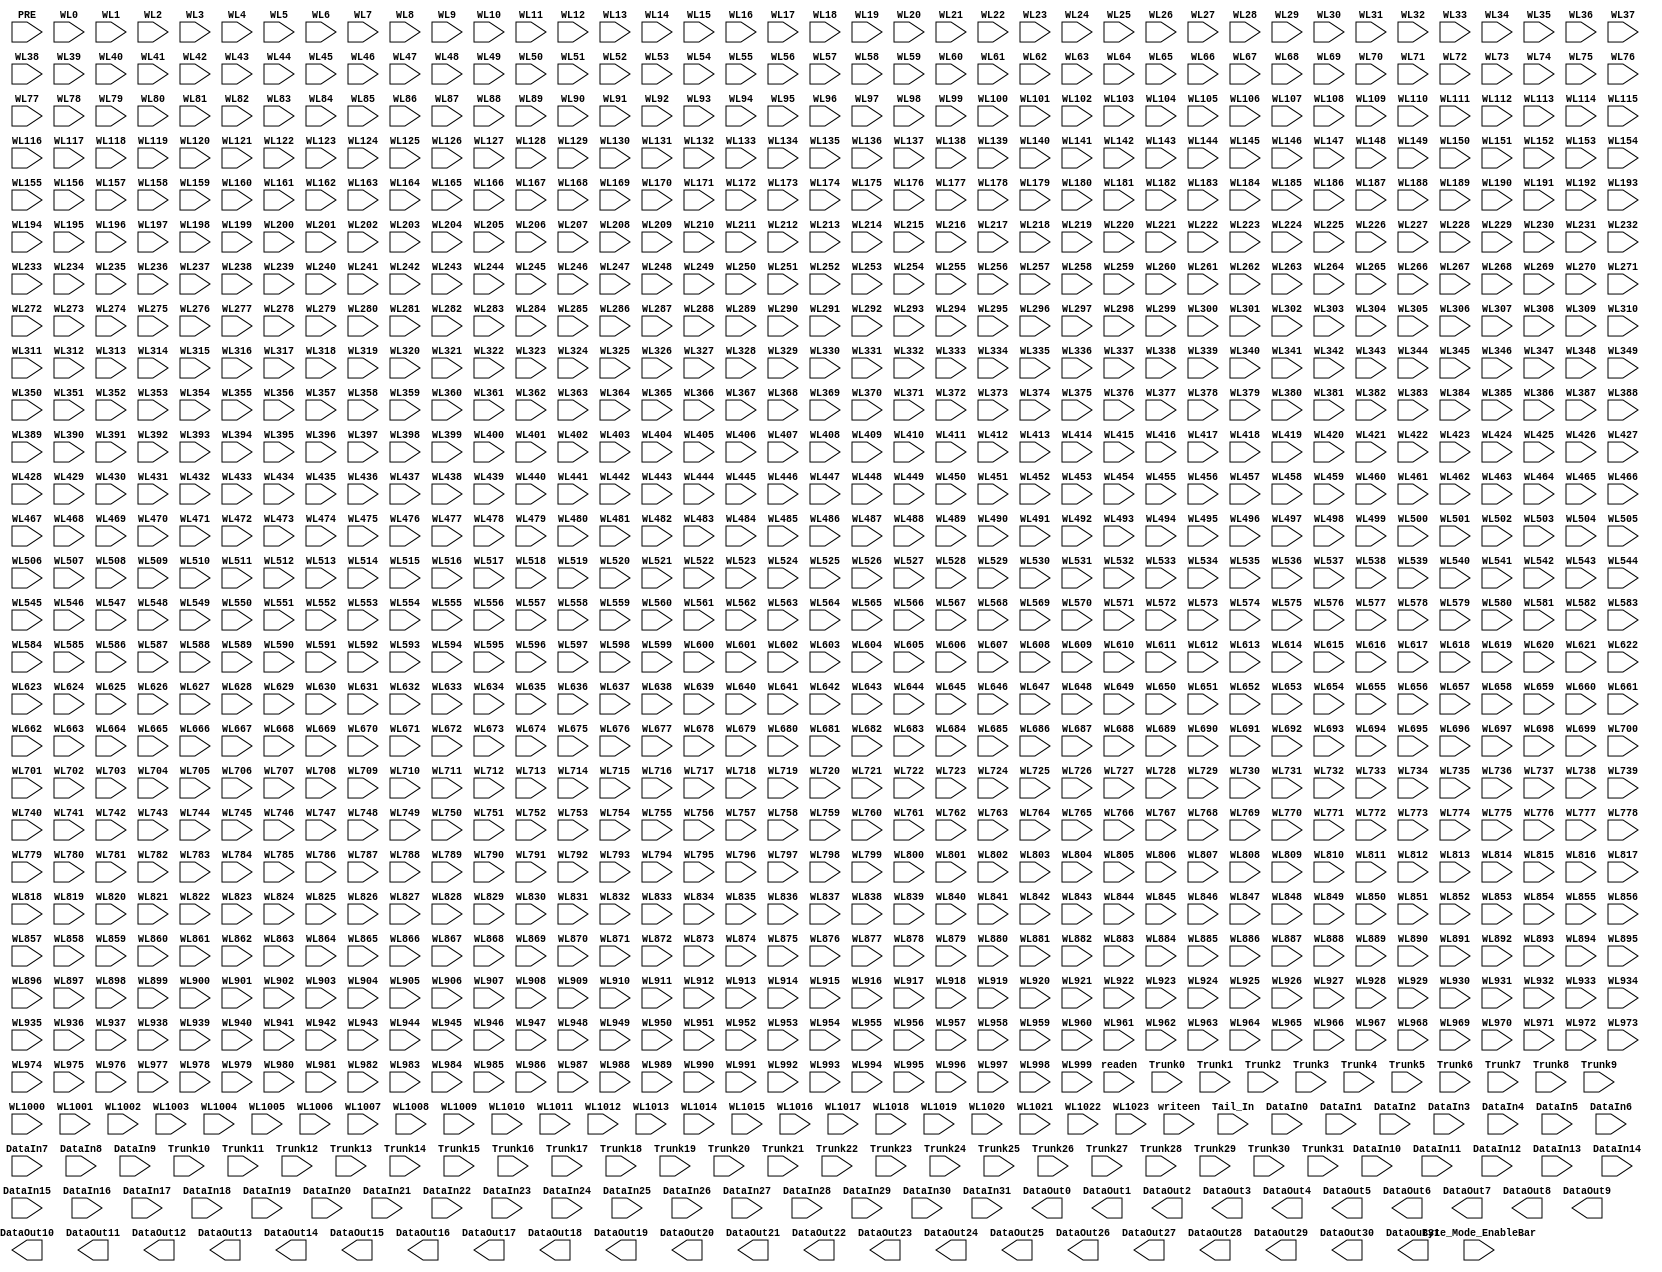
(* blackbox *)
module truncation_SRAM (

`ifdef USE_POWER_PINS
	inout vccd1,	// User area 1 1.8V power
	inout vssd1,	// User area 1 digital ground
`endif

input PRE,
input readen,
input writeen,
input Tail_In,
//inout Tail_Out,
input Byte_Mode_EnableBar,


input DataIn0,
input DataIn1,
input DataIn2,
input DataIn3,
input DataIn4,
input DataIn5,
input DataIn6,
input DataIn7,
input DataIn8,
input DataIn9,
input DataIn10,
input DataIn11,
input DataIn12,
input DataIn13,
input DataIn14,
input DataIn15,
input DataIn16,
input DataIn17,
input DataIn18,
input DataIn19,
input DataIn20,
input DataIn21,
input DataIn22,
input DataIn23,
input DataIn24,
input DataIn25,
input DataIn26,
input DataIn27,
input DataIn28,
input DataIn29,
input DataIn30,
input DataIn31,

input Trunk0,
input Trunk1,
input Trunk2,
input Trunk3,
input Trunk4,
input Trunk5,
input Trunk6,
input Trunk7,
input Trunk8,
input Trunk9,
input Trunk10,
input Trunk11,
input Trunk12,
input Trunk13,
input Trunk14,
input Trunk15,
input Trunk16,
input Trunk17,
input Trunk18,
input Trunk19,
input Trunk20,
input Trunk21,
input Trunk22,
input Trunk23,
input Trunk24,
input Trunk25,
input Trunk26,
input Trunk27,
input Trunk28,
input Trunk29,
input Trunk30,
input Trunk31,

output DataOut0,
output DataOut1,
output DataOut2,
output DataOut3,
output DataOut4,
output DataOut5,
output DataOut6,
output DataOut7,
output DataOut8,
output DataOut9,
output DataOut10,
output DataOut11,
output DataOut12,
output DataOut13,
output DataOut14,
output DataOut15,
output DataOut16,
output DataOut17,
output DataOut18,
output DataOut19,
output DataOut20,
output DataOut21,
output DataOut22,
output DataOut23,
output DataOut24,
output DataOut25,
output DataOut26,
output DataOut27,
output DataOut28,
output DataOut29,
output DataOut30,
output DataOut31,

input WL0,
input WL1,
input WL2,
input WL3,
input WL4,
input WL5,
input WL6,
input WL7,
input WL8,
input WL9,
input WL10,
input WL11,
input WL12,
input WL13,
input WL14,
input WL15,
input WL16,
input WL17,
input WL18,
input WL19,
input WL20,
input WL21,
input WL22,
input WL23,
input WL24,
input WL25,
input WL26,
input WL27,
input WL28,
input WL29,
input WL30,
input WL31,
input WL32,
input WL33,
input WL34,
input WL35,
input WL36,
input WL37,
input WL38,
input WL39,
input WL40,
input WL41,
input WL42,
input WL43,
input WL44,
input WL45,
input WL46,
input WL47,
input WL48,
input WL49,
input WL50,
input WL51,
input WL52,
input WL53,
input WL54,
input WL55,
input WL56,
input WL57,
input WL58,
input WL59,
input WL60,
input WL61,
input WL62,
input WL63,
input WL64,
input WL65,
input WL66,
input WL67,
input WL68,
input WL69,
input WL70,
input WL71,
input WL72,
input WL73,
input WL74,
input WL75,
input WL76,
input WL77,
input WL78,
input WL79,
input WL80,
input WL81,
input WL82,
input WL83,
input WL84,
input WL85,
input WL86,
input WL87,
input WL88,
input WL89,
input WL90,
input WL91,
input WL92,
input WL93,
input WL94,
input WL95,
input WL96,
input WL97,
input WL98,
input WL99,
input WL100,
input WL101,
input WL102,
input WL103,
input WL104,
input WL105,
input WL106,
input WL107,
input WL108,
input WL109,
input WL110,
input WL111,
input WL112,
input WL113,
input WL114,
input WL115,
input WL116,
input WL117,
input WL118,
input WL119,
input WL120,
input WL121,
input WL122,
input WL123,
input WL124,
input WL125,
input WL126,
input WL127,
input WL128,
input WL129,
input WL130,
input WL131,
input WL132,
input WL133,
input WL134,
input WL135,
input WL136,
input WL137,
input WL138,
input WL139,
input WL140,
input WL141,
input WL142,
input WL143,
input WL144,
input WL145,
input WL146,
input WL147,
input WL148,
input WL149,
input WL150,
input WL151,
input WL152,
input WL153,
input WL154,
input WL155,
input WL156,
input WL157,
input WL158,
input WL159,
input WL160,
input WL161,
input WL162,
input WL163,
input WL164,
input WL165,
input WL166,
input WL167,
input WL168,
input WL169,
input WL170,
input WL171,
input WL172,
input WL173,
input WL174,
input WL175,
input WL176,
input WL177,
input WL178,
input WL179,
input WL180,
input WL181,
input WL182,
input WL183,
input WL184,
input WL185,
input WL186,
input WL187,
input WL188,
input WL189,
input WL190,
input WL191,
input WL192,
input WL193,
input WL194,
input WL195,
input WL196,
input WL197,
input WL198,
input WL199,
input WL200,
input WL201,
input WL202,
input WL203,
input WL204,
input WL205,
input WL206,
input WL207,
input WL208,
input WL209,
input WL210,
input WL211,
input WL212,
input WL213,
input WL214,
input WL215,
input WL216,
input WL217,
input WL218,
input WL219,
input WL220,
input WL221,
input WL222,
input WL223,
input WL224,
input WL225,
input WL226,
input WL227,
input WL228,
input WL229,
input WL230,
input WL231,
input WL232,
input WL233,
input WL234,
input WL235,
input WL236,
input WL237,
input WL238,
input WL239,
input WL240,
input WL241,
input WL242,
input WL243,
input WL244,
input WL245,
input WL246,
input WL247,
input WL248,
input WL249,
input WL250,
input WL251,
input WL252,
input WL253,
input WL254,
input WL255,
input WL256,
input WL257,
input WL258,
input WL259,
input WL260,
input WL261,
input WL262,
input WL263,
input WL264,
input WL265,
input WL266,
input WL267,
input WL268,
input WL269,
input WL270,
input WL271,
input WL272,
input WL273,
input WL274,
input WL275,
input WL276,
input WL277,
input WL278,
input WL279,
input WL280,
input WL281,
input WL282,
input WL283,
input WL284,
input WL285,
input WL286,
input WL287,
input WL288,
input WL289,
input WL290,
input WL291,
input WL292,
input WL293,
input WL294,
input WL295,
input WL296,
input WL297,
input WL298,
input WL299,
input WL300,
input WL301,
input WL302,
input WL303,
input WL304,
input WL305,
input WL306,
input WL307,
input WL308,
input WL309,
input WL310,
input WL311,
input WL312,
input WL313,
input WL314,
input WL315,
input WL316,
input WL317,
input WL318,
input WL319,
input WL320,
input WL321,
input WL322,
input WL323,
input WL324,
input WL325,
input WL326,
input WL327,
input WL328,
input WL329,
input WL330,
input WL331,
input WL332,
input WL333,
input WL334,
input WL335,
input WL336,
input WL337,
input WL338,
input WL339,
input WL340,
input WL341,
input WL342,
input WL343,
input WL344,
input WL345,
input WL346,
input WL347,
input WL348,
input WL349,
input WL350,
input WL351,
input WL352,
input WL353,
input WL354,
input WL355,
input WL356,
input WL357,
input WL358,
input WL359,
input WL360,
input WL361,
input WL362,
input WL363,
input WL364,
input WL365,
input WL366,
input WL367,
input WL368,
input WL369,
input WL370,
input WL371,
input WL372,
input WL373,
input WL374,
input WL375,
input WL376,
input WL377,
input WL378,
input WL379,
input WL380,
input WL381,
input WL382,
input WL383,
input WL384,
input WL385,
input WL386,
input WL387,
input WL388,
input WL389,
input WL390,
input WL391,
input WL392,
input WL393,
input WL394,
input WL395,
input WL396,
input WL397,
input WL398,
input WL399,
input WL400,
input WL401,
input WL402,
input WL403,
input WL404,
input WL405,
input WL406,
input WL407,
input WL408,
input WL409,
input WL410,
input WL411,
input WL412,
input WL413,
input WL414,
input WL415,
input WL416,
input WL417,
input WL418,
input WL419,
input WL420,
input WL421,
input WL422,
input WL423,
input WL424,
input WL425,
input WL426,
input WL427,
input WL428,
input WL429,
input WL430,
input WL431,
input WL432,
input WL433,
input WL434,
input WL435,
input WL436,
input WL437,
input WL438,
input WL439,
input WL440,
input WL441,
input WL442,
input WL443,
input WL444,
input WL445,
input WL446,
input WL447,
input WL448,
input WL449,
input WL450,
input WL451,
input WL452,
input WL453,
input WL454,
input WL455,
input WL456,
input WL457,
input WL458,
input WL459,
input WL460,
input WL461,
input WL462,
input WL463,
input WL464,
input WL465,
input WL466,
input WL467,
input WL468,
input WL469,
input WL470,
input WL471,
input WL472,
input WL473,
input WL474,
input WL475,
input WL476,
input WL477,
input WL478,
input WL479,
input WL480,
input WL481,
input WL482,
input WL483,
input WL484,
input WL485,
input WL486,
input WL487,
input WL488,
input WL489,
input WL490,
input WL491,
input WL492,
input WL493,
input WL494,
input WL495,
input WL496,
input WL497,
input WL498,
input WL499,
input WL500,
input WL501,
input WL502,
input WL503,
input WL504,
input WL505,
input WL506,
input WL507,
input WL508,
input WL509,
input WL510,
input WL511,
input WL512,
input WL513,
input WL514,
input WL515,
input WL516,
input WL517,
input WL518,
input WL519,
input WL520,
input WL521,
input WL522,
input WL523,
input WL524,
input WL525,
input WL526,
input WL527,
input WL528,
input WL529,
input WL530,
input WL531,
input WL532,
input WL533,
input WL534,
input WL535,
input WL536,
input WL537,
input WL538,
input WL539,
input WL540,
input WL541,
input WL542,
input WL543,
input WL544,
input WL545,
input WL546,
input WL547,
input WL548,
input WL549,
input WL550,
input WL551,
input WL552,
input WL553,
input WL554,
input WL555,
input WL556,
input WL557,
input WL558,
input WL559,
input WL560,
input WL561,
input WL562,
input WL563,
input WL564,
input WL565,
input WL566,
input WL567,
input WL568,
input WL569,
input WL570,
input WL571,
input WL572,
input WL573,
input WL574,
input WL575,
input WL576,
input WL577,
input WL578,
input WL579,
input WL580,
input WL581,
input WL582,
input WL583,
input WL584,
input WL585,
input WL586,
input WL587,
input WL588,
input WL589,
input WL590,
input WL591,
input WL592,
input WL593,
input WL594,
input WL595,
input WL596,
input WL597,
input WL598,
input WL599,
input WL600,
input WL601,
input WL602,
input WL603,
input WL604,
input WL605,
input WL606,
input WL607,
input WL608,
input WL609,
input WL610,
input WL611,
input WL612,
input WL613,
input WL614,
input WL615,
input WL616,
input WL617,
input WL618,
input WL619,
input WL620,
input WL621,
input WL622,
input WL623,
input WL624,
input WL625,
input WL626,
input WL627,
input WL628,
input WL629,
input WL630,
input WL631,
input WL632,
input WL633,
input WL634,
input WL635,
input WL636,
input WL637,
input WL638,
input WL639,
input WL640,
input WL641,
input WL642,
input WL643,
input WL644,
input WL645,
input WL646,
input WL647,
input WL648,
input WL649,
input WL650,
input WL651,
input WL652,
input WL653,
input WL654,
input WL655,
input WL656,
input WL657,
input WL658,
input WL659,
input WL660,
input WL661,
input WL662,
input WL663,
input WL664,
input WL665,
input WL666,
input WL667,
input WL668,
input WL669,
input WL670,
input WL671,
input WL672,
input WL673,
input WL674,
input WL675,
input WL676,
input WL677,
input WL678,
input WL679,
input WL680,
input WL681,
input WL682,
input WL683,
input WL684,
input WL685,
input WL686,
input WL687,
input WL688,
input WL689,
input WL690,
input WL691,
input WL692,
input WL693,
input WL694,
input WL695,
input WL696,
input WL697,
input WL698,
input WL699,
input WL700,
input WL701,
input WL702,
input WL703,
input WL704,
input WL705,
input WL706,
input WL707,
input WL708,
input WL709,
input WL710,
input WL711,
input WL712,
input WL713,
input WL714,
input WL715,
input WL716,
input WL717,
input WL718,
input WL719,
input WL720,
input WL721,
input WL722,
input WL723,
input WL724,
input WL725,
input WL726,
input WL727,
input WL728,
input WL729,
input WL730,
input WL731,
input WL732,
input WL733,
input WL734,
input WL735,
input WL736,
input WL737,
input WL738,
input WL739,
input WL740,
input WL741,
input WL742,
input WL743,
input WL744,
input WL745,
input WL746,
input WL747,
input WL748,
input WL749,
input WL750,
input WL751,
input WL752,
input WL753,
input WL754,
input WL755,
input WL756,
input WL757,
input WL758,
input WL759,
input WL760,
input WL761,
input WL762,
input WL763,
input WL764,
input WL765,
input WL766,
input WL767,
input WL768,
input WL769,
input WL770,
input WL771,
input WL772,
input WL773,
input WL774,
input WL775,
input WL776,
input WL777,
input WL778,
input WL779,
input WL780,
input WL781,
input WL782,
input WL783,
input WL784,
input WL785,
input WL786,
input WL787,
input WL788,
input WL789,
input WL790,
input WL791,
input WL792,
input WL793,
input WL794,
input WL795,
input WL796,
input WL797,
input WL798,
input WL799,
input WL800,
input WL801,
input WL802,
input WL803,
input WL804,
input WL805,
input WL806,
input WL807,
input WL808,
input WL809,
input WL810,
input WL811,
input WL812,
input WL813,
input WL814,
input WL815,
input WL816,
input WL817,
input WL818,
input WL819,
input WL820,
input WL821,
input WL822,
input WL823,
input WL824,
input WL825,
input WL826,
input WL827,
input WL828,
input WL829,
input WL830,
input WL831,
input WL832,
input WL833,
input WL834,
input WL835,
input WL836,
input WL837,
input WL838,
input WL839,
input WL840,
input WL841,
input WL842,
input WL843,
input WL844,
input WL845,
input WL846,
input WL847,
input WL848,
input WL849,
input WL850,
input WL851,
input WL852,
input WL853,
input WL854,
input WL855,
input WL856,
input WL857,
input WL858,
input WL859,
input WL860,
input WL861,
input WL862,
input WL863,
input WL864,
input WL865,
input WL866,
input WL867,
input WL868,
input WL869,
input WL870,
input WL871,
input WL872,
input WL873,
input WL874,
input WL875,
input WL876,
input WL877,
input WL878,
input WL879,
input WL880,
input WL881,
input WL882,
input WL883,
input WL884,
input WL885,
input WL886,
input WL887,
input WL888,
input WL889,
input WL890,
input WL891,
input WL892,
input WL893,
input WL894,
input WL895,
input WL896,
input WL897,
input WL898,
input WL899,
input WL900,
input WL901,
input WL902,
input WL903,
input WL904,
input WL905,
input WL906,
input WL907,
input WL908,
input WL909,
input WL910,
input WL911,
input WL912,
input WL913,
input WL914,
input WL915,
input WL916,
input WL917,
input WL918,
input WL919,
input WL920,
input WL921,
input WL922,
input WL923,
input WL924,
input WL925,
input WL926,
input WL927,
input WL928,
input WL929,
input WL930,
input WL931,
input WL932,
input WL933,
input WL934,
input WL935,
input WL936,
input WL937,
input WL938,
input WL939,
input WL940,
input WL941,
input WL942,
input WL943,
input WL944,
input WL945,
input WL946,
input WL947,
input WL948,
input WL949,
input WL950,
input WL951,
input WL952,
input WL953,
input WL954,
input WL955,
input WL956,
input WL957,
input WL958,
input WL959,
input WL960,
input WL961,
input WL962,
input WL963,
input WL964,
input WL965,
input WL966,
input WL967,
input WL968,
input WL969,
input WL970,
input WL971,
input WL972,
input WL973,
input WL974,
input WL975,
input WL976,
input WL977,
input WL978,
input WL979,
input WL980,
input WL981,
input WL982,
input WL983,
input WL984,
input WL985,
input WL986,
input WL987,
input WL988,
input WL989,
input WL990,
input WL991,
input WL992,
input WL993,
input WL994,
input WL995,
input WL996,
input WL997,
input WL998,
input WL999,
input WL1000,
input WL1001,
input WL1002,
input WL1003,
input WL1004,
input WL1005,
input WL1006,
input WL1007,
input WL1008,
input WL1009,
input WL1010,
input WL1011,
input WL1012,
input WL1013,
input WL1014,
input WL1015,
input WL1016,
input WL1017,
input WL1018,
input WL1019,
input WL1020,
input WL1021,
input WL1022,
input WL1023
   
);
endmodule
`default_nettype wire